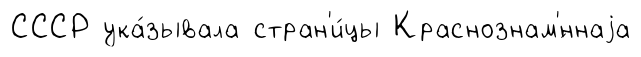
СССР ука́зывала стран'и́цы Краснознам'́ннаjа